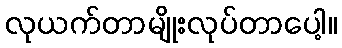
လုယက်တာမျိုးလုပ်တာပေါ့။